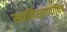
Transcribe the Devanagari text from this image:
स्तानिस्लावोविच